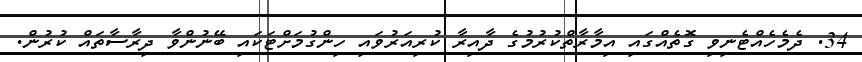
34. ދެމެހެއްޓެނިވި ގޮތެއްގައި އިމާރާތްކުރުމުގެ ދާއިރާ ކުރިއަރުވައި ހިންގުމަށްޓަކައި ބޭނުންވާ ދިރާސާތައް ކުރުން.